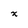
Character: x